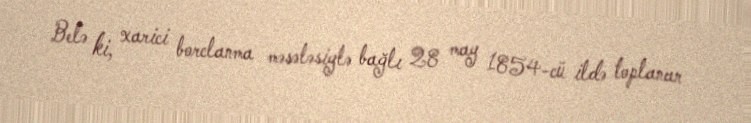
Belə ki, xarici borclanma məsələsiylə bağlı 28 may 1854-cü ildə toplanan